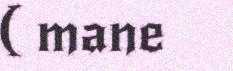
( mane